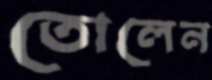
তোলেন